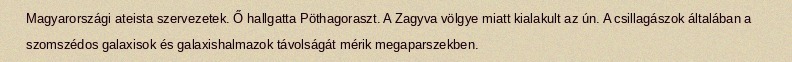
Magyarországi ateista szervezetek. Ő hallgatta Pöthagoraszt. A Zagyva völgye miatt kialakult az ún. A csillagászok általában a szomszédos galaxisok és galaxishalmazok távolságát mérik megaparszekben.